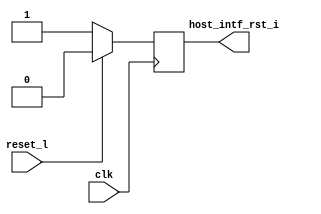
// Generated by MyHDL 0.11.43


`timescale 1ns/10ps

module myreset (
    clk,
    reset_l,
    host_intf_rst_i
);


input clk;
input reset_l;
output host_intf_rst_i;
reg host_intf_rst_i;




always @(posedge clk) begin: MYRESET_TESTSIG
    if ((reset_l == 0)) begin
        host_intf_rst_i <= 1;
    end
    else begin
        host_intf_rst_i <= 0;
    end
end

endmodule